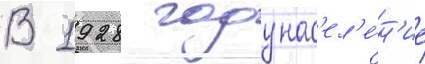
В 1928 году нас'ел'е́н'ие